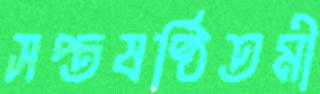
সপ্তষষ্ঠিতমী